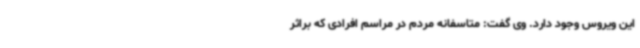
این ویروس وجود دارد. وی گفت: متاسفانه مردم در مراسم افرادی که براثر